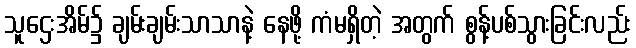
သူဌေးအိမ်၌ ချမ်းချမ်းသာသာနဲ့ နေဖို့ ကံမရှိတဲ့ အတွက် စွန့်ပစ်သွားခြင်းလည်း